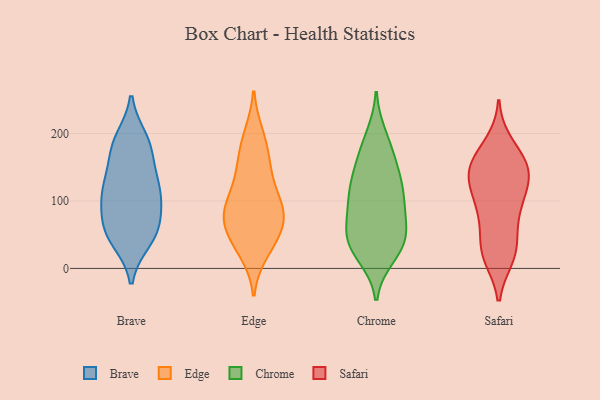
{"axis": {"x": "Population (Million)", "y": "Value"}, "legend": ["Brave", "Chrome", "Edge", "Safari"], "data": [{"x": "", "y": 65, "type": "Brave"}, {"x": "", "y": 113, "type": "Brave"}, {"x": "", "y": 166, "type": "Brave"}, {"x": "", "y": 191, "type": "Brave"}, {"x": "", "y": 115, "type": "Brave"}, {"x": "", "y": 53, "type": "Brave"}, {"x": "", "y": 122, "type": "Brave"}, {"x": "", "y": 133, "type": "Brave"}, {"x": "", "y": 89, "type": "Brave"}, {"x": "", "y": 60, "type": "Brave"}, {"x": "", "y": 47, "type": "Brave"}, {"x": "", "y": 105, "type": "Brave"}, {"x": "", "y": 42, "type": "Brave"}, {"x": "", "y": 182, "type": "Brave"}, {"x": "", "y": 185, "type": "Brave"}, {"x": "", "y": 61, "type": "Edge"}, {"x": "", "y": 92, "type": "Edge"}, {"x": "", "y": 153, "type": "Edge"}, {"x": "", "y": 113, "type": "Edge"}, {"x": "", "y": 61, "type": "Edge"}, {"x": "", "y": 98, "type": "Edge"}, {"x": "", "y": 153, "type": "Edge"}, {"x": "", "y": 89, "type": "Edge"}, {"x": "", "y": 26, "type": "Edge"}, {"x": "", "y": 199, "type": "Edge"}, {"x": "", "y": 84, "type": "Edge"}, {"x": "", "y": 23, "type": "Edge"}, {"x": "", "y": 40, "type": "Edge"}, {"x": "", "y": 55, "type": "Edge"}, {"x": "", "y": 129, "type": "Edge"}, {"x": "", "y": 196, "type": "Edge"}, {"x": "", "y": 67, "type": "Edge"}, {"x": "", "y": 167, "type": "Edge"}, {"x": "", "y": 84, "type": "Edge"}, {"x": "", "y": 111, "type": "Chrome"}, {"x": "", "y": 46, "type": "Chrome"}, {"x": "", "y": 18, "type": "Chrome"}, {"x": "", "y": 99, "type": "Chrome"}, {"x": "", "y": 79, "type": "Chrome"}, {"x": "", "y": 197, "type": "Chrome"}, {"x": "", "y": 85, "type": "Chrome"}, {"x": "", "y": 159, "type": "Chrome"}, {"x": "", "y": 55, "type": "Chrome"}, {"x": "", "y": 25, "type": "Chrome"}, {"x": "", "y": 187, "type": "Chrome"}, {"x": "", "y": 160, "type": "Chrome"}, {"x": "", "y": 55, "type": "Chrome"}, {"x": "", "y": 36, "type": "Chrome"}, {"x": "", "y": 114, "type": "Chrome"}, {"x": "", "y": 145, "type": "Chrome"}, {"x": "", "y": 114, "type": "Chrome"}, {"x": "", "y": 27, "type": "Chrome"}, {"x": "", "y": 126, "type": "Chrome"}, {"x": "", "y": 50, "type": "Chrome"}, {"x": "", "y": 93, "type": "Safari"}, {"x": "", "y": 133, "type": "Safari"}, {"x": "", "y": 145, "type": "Safari"}, {"x": "", "y": 146, "type": "Safari"}, {"x": "", "y": 30, "type": "Safari"}, {"x": "", "y": 66, "type": "Safari"}, {"x": "", "y": 138, "type": "Safari"}, {"x": "", "y": 185, "type": "Safari"}, {"x": "", "y": 164, "type": "Safari"}, {"x": "", "y": 19, "type": "Safari"}, {"x": "", "y": 85, "type": "Safari"}, {"x": "", "y": 141, "type": "Safari"}, {"x": "", "y": 94, "type": "Safari"}, {"x": "", "y": 104, "type": "Safari"}, {"x": "", "y": 20, "type": "Safari"}, {"x": "", "y": 38, "type": "Safari"}, {"x": "", "y": 17, "type": "Safari"}, {"x": "", "y": 152, "type": "Safari"}, {"x": "", "y": 127, "type": "Safari"}, {"x": "", "y": 173, "type": "Safari"}]}